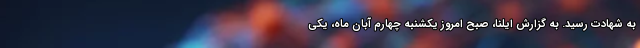
به شهادت رسید. به گزارش ایلنا، صبح امروز یکشنبه چهارم آبان ماه، یکی